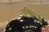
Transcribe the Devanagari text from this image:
पक्षिगळु